画像に写った文字を読んでください
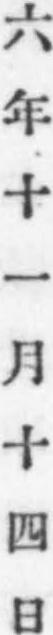
「六年十一月十四日」と書いてあります